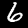
Label: 6